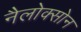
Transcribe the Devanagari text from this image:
नैलोक्सोन